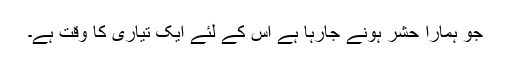
جو ہمارا حشر ہونے جارہا ہے اس کے لئے ایک تیاری کا وقت ہے۔